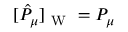
[ \hat { P } _ { \mu } ] _ { \mathrm { ~ W ~ } } = P _ { \mu }